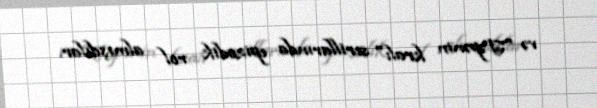
və "Təpənin kralı" serillarında epizodik rol almışdılar.